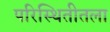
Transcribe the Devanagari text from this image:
परिस्थितीतला